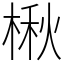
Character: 楸